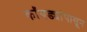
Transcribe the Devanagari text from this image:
कोंबड्यांपासून